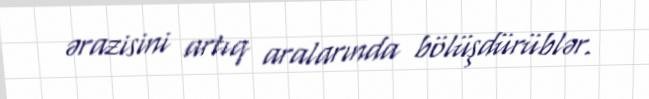
ərazisini artıq aralarında bölüşdürüblər.